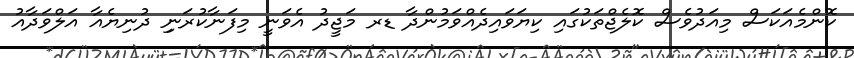
ކޮންމެއަކަސް މިއަދުވެސް ކޮލެޖްތަކުގައި ކިޔަވައިދެއްވަމުންދާ ޑރ މަޖީދު އެވަނީ މިފަނާކުރަނިި ދުނިޔެއާ އަލްވަދާއު